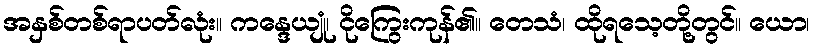
အနှစ်တစ်ရာပတ်လုံး။ ကန္ဒေယျုံ၊ ငိုကြွေးကုန်၏။ တေသံ၊ ထိုရသေ့တို့တွင်။ ယော၊